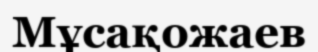
Мұсақожаев